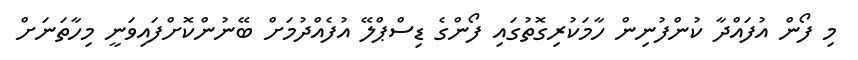
މި ފޯން އުފައްދާ ކުންފުނިން ހާމަކުރިގޮތުގައި ފޯންގެ ޑިސްޕްލޭ އުފެއްދުމަށް ބޭނުންކޮށްފައިވަނީ މިހާތަނަށް